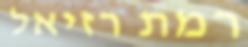
רמת רזיאל